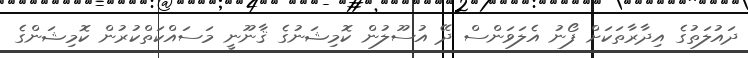
ދައުލަތުގެ އިދާރާތަކަށް ފޯނު އެލަވަންސް ދޭ އުސޫލުން ކޮމިޝަނުގެ ޤާނޫނީ މަސައްކަތްކުރުން ކޮމިޝަންގެ